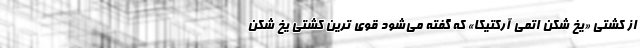
از کشتی «یخ شکن اتمی آرکتیکا» که گفته می‌شود قوی ترین کشتی یخ شکن